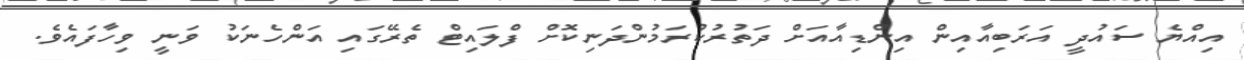
އިއްޔެ ސައުދީ އަރަބިއާއިން އިންޑިއާއަށް ދަތުރުކުރަމުންދަނިކޮށް ފްލައިޓް ތެރޭގައި އަންހެނަކު ވަނީ ވިހާފައެވެ.